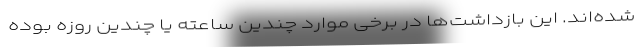
شده‌اند. این بازداشت‌ها در برخی موارد چندین ساعته یا چندین روزه بوده